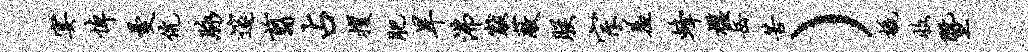
宴悼曼伉脉邃翦占攫肥旱沸黻蔽朕宗羞蜂槛岳苦）橇收暨